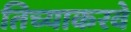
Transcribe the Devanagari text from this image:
तिच्याकरवे